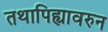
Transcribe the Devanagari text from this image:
तथापिह्यावरुन